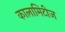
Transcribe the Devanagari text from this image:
कालामिटीज